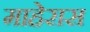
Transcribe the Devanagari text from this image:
माहेरास